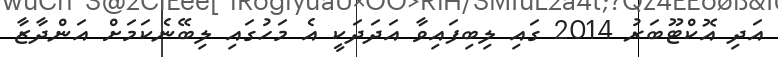
އަދި އޮކްޓޫބަރު 2014 ގައި ލިބިފައިވާ އަދަދަކީ އެ މަހުގައި ލިބޭނެކަމަށް އަންދާޒާ